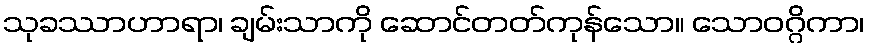
သုခဿာဟာရာ၊ ချမ်းသာကို ဆောင်တတ်ကုန်သော။ သောဝဂ္ဂိကာ၊